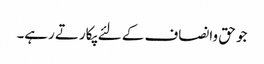
جو حق وانصاف کے لئے پکارتے رہے۔